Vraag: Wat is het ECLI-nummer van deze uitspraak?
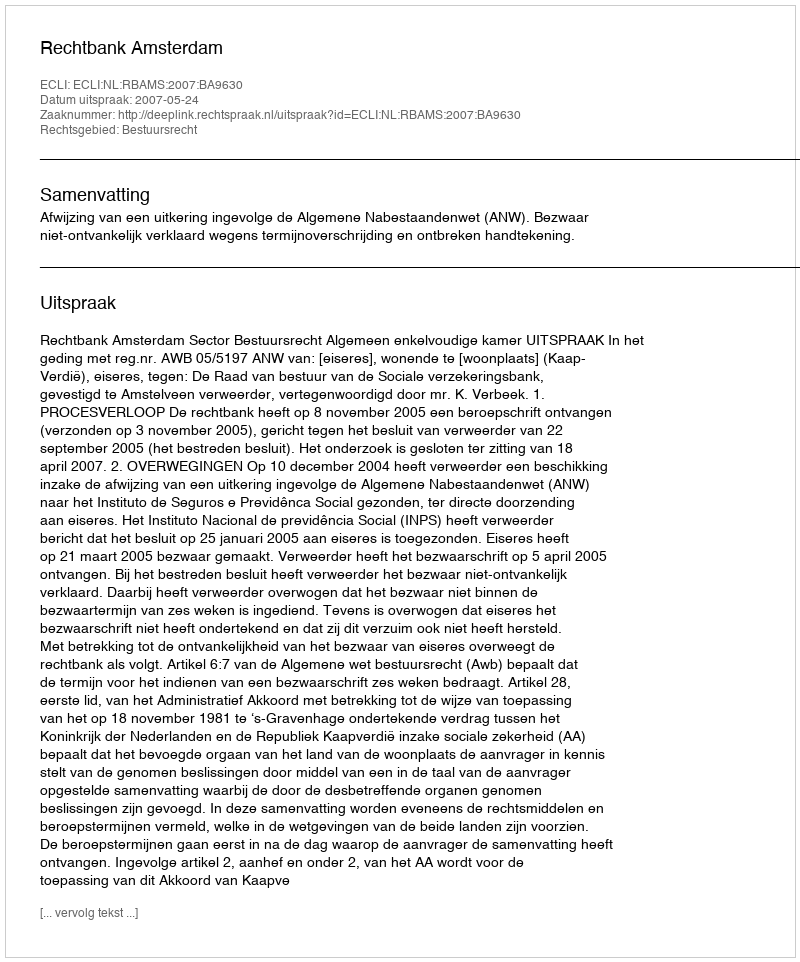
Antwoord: ECLI:NL:RBAMS:2007:BA9630